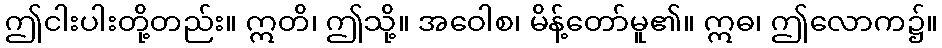
ဤငါးပါးတို့တည်း။ ဣတိ၊ ဤသို့။ အဝေါစ၊ မိန့်တော်မူ၏။ ဣဓ၊ ဤလောက၌။